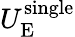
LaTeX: U_{\mathrm{E}}^{\mathrm{single}}